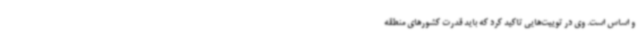
و اساس است. وی در توییت‌هایی تاکید کرد که باید قدرت کشورهای منطقه